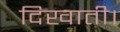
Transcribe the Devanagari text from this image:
दिखाती।